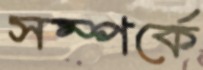
সম্পর্কে